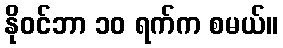
နိုဝင်ဘာ ၁၀ ရက်က စမယ်။